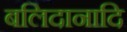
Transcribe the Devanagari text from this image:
बलिदानादि